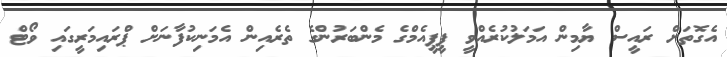
އެގޮތަށް ރައީސް ޔާމިން އަމަލުކުރެއްވީ ޕީޕީއެމްގެ މެންބަރުންގެ ތެރެއިން އެމަނިކުފާނަށް ޕްރައިމަރީގައި ވޯޓް